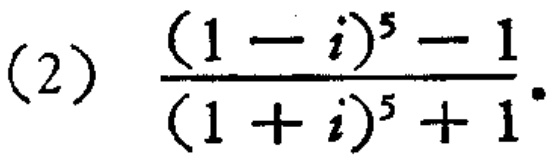
(2) $\frac{(1 - i)^{5}-1}{(1 + i)^{5}+1}$